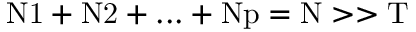
\mathrm { N 1 } + \mathrm { N 2 } + . . . + \mathrm { N p } = \mathrm { N } > > \mathrm { T }